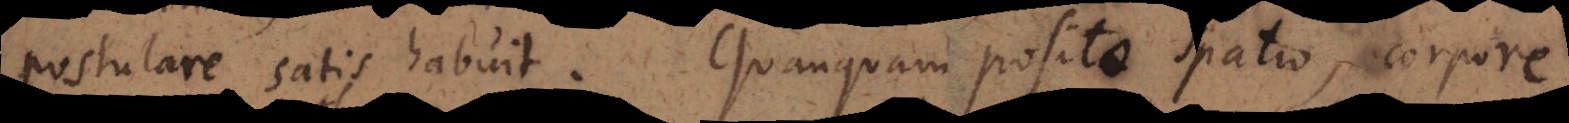
postulare satis habuit. Quanquam posita linea